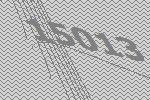
15013